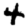
Digit: 4